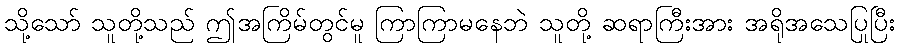
သို့သော် သူတို့သည် ဤအကြိမ်တွင်မူ ကြာကြာမနေဘဲ သူတို့ ဆရာကြီးအား အရိုအသေပြုပြီး